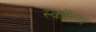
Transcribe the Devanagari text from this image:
स्कॉल्स